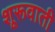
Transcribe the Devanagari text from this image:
शूरूवाती